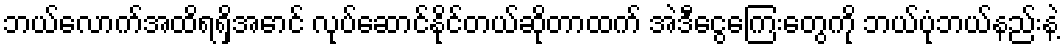
ဘယ်လောက်အထိရရှိအောင် လုပ်ဆောင်နိုင်တယ်ဆိုတာထက် အဲဒီငွေကြေးတွေကို ဘယ်ပုံဘယ်နည်းနဲ့